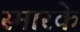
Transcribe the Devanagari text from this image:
स्‍मारके